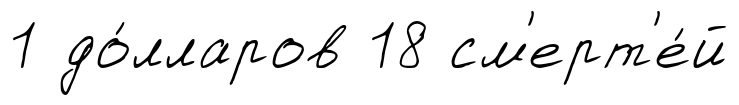
1 до́лларов 18 см'ерт'е́й